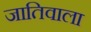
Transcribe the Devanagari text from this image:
जातिवाला